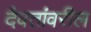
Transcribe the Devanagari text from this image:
दैवतांवरील